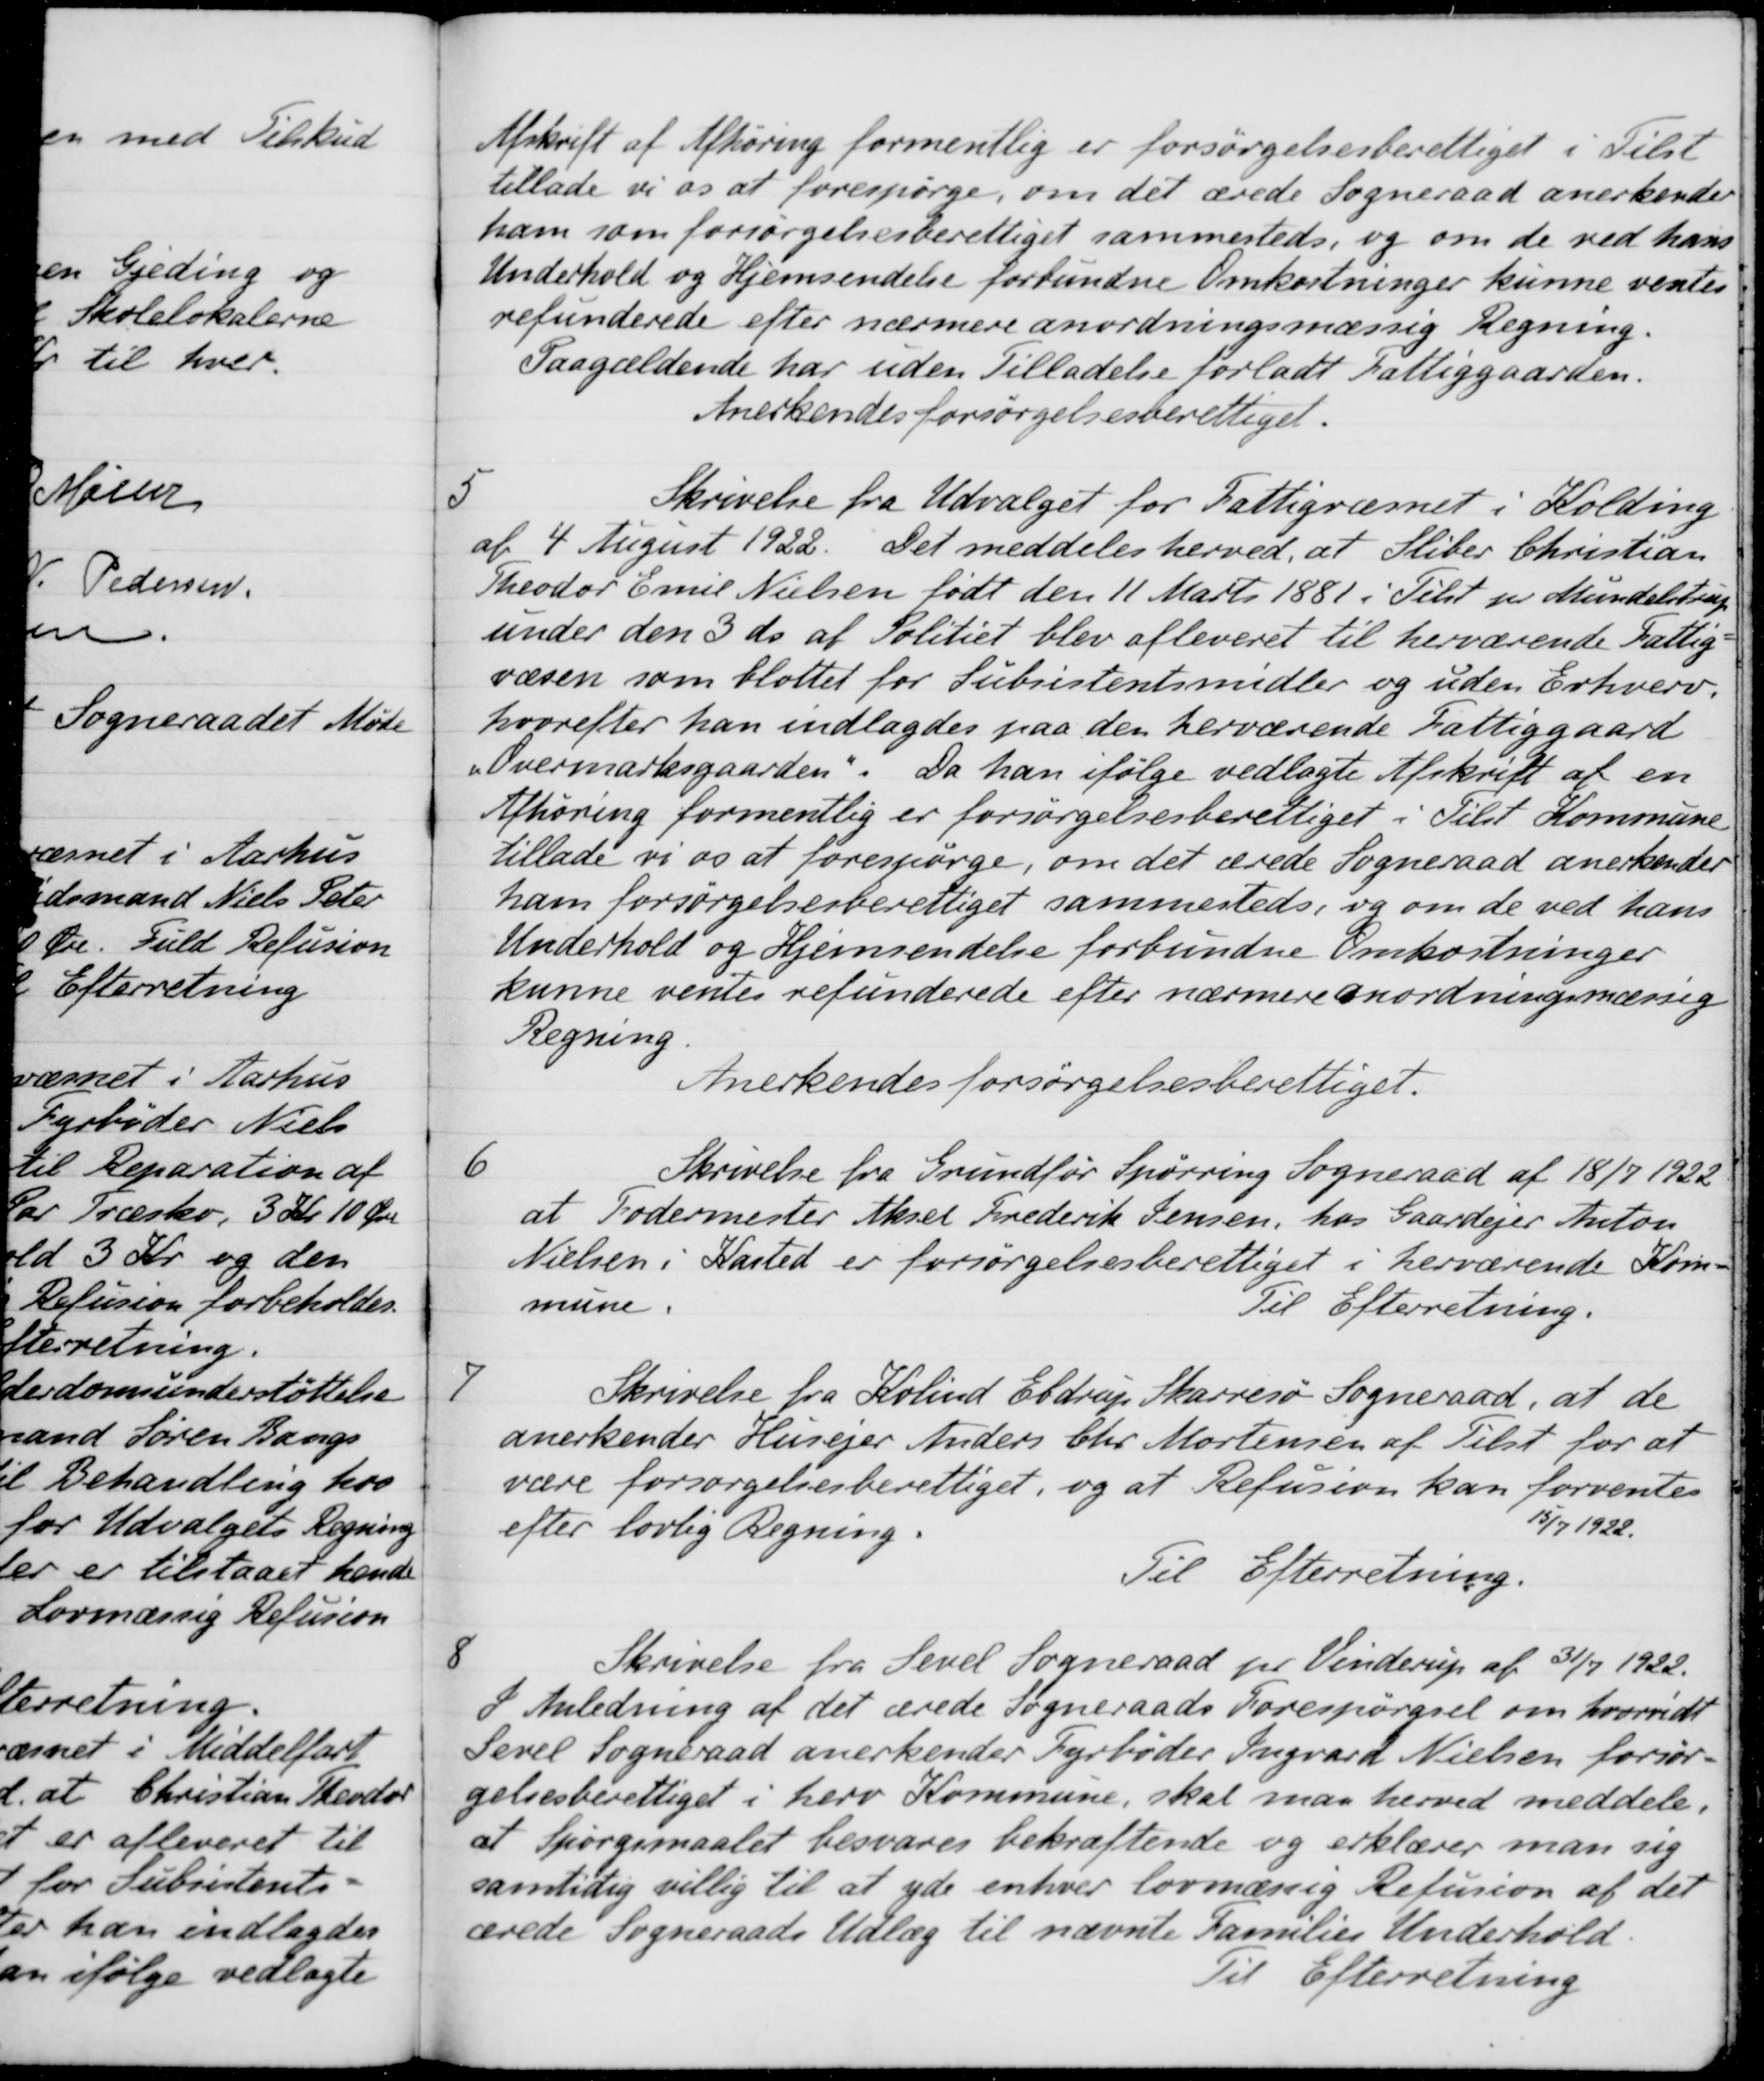
Transskription:
Afskrift af Afhøring formentlig er forsørgelsesberettiget i Tilst
tillade vi os at forespørge, om det ærede Sogneraad anerkender
ham som forsørgelsesberettiget sammesteds, og om de ved hans
Underhold og Hjemsendelse forbundne Omkostninger kunne ventes
refunderede efter nærmere anordningsmæssig Regning.
Paagældende har uden Tilladelse forladt Fattiggaarden.
Anerkendes forsørgelsesberettiget.
5
Skrivelse fra Udvalget for Fattigvæsnet i Kolding
af 4 August 1922. Det meddeles herved, at Sliber Christian
Theodor Emil Nielsen født den 11 Marts 1881 i Tilst pr Mundelstrup
under den 3 ds. af Politiet blev afleveret til herværende Fattig-
væsen som blottet for Subsistentsmidler og uden Erhverv.
hvorefter han indlagdes paa den herværende Fattiggaard
"Overmarksgaarden
Da han ifølge vedlagte Afskrift af en
Afhøring formentlig er forsørgelsesberettiget i Tilst Kommune
tillade vi os at forespørge, om det ærede Sogneraad anerkender
ham forsørgelsesberettiget sammesteds, og om de ved hans
Underhold og Hjemsendelse forbundne Omkostninger
kunne ventes refunderede efter nærmere anordningsmæssig
Regning.
Anerkendes forsørgelsesberettiget.
6
Skrivelse fra Grundfør Spørring Sogneraad af 18/7 1922
at Fodermester Aksel Frederik Jensen, hos Gaardejer Anton
Nielsen i Kasted er forsørgelsesberettiget i herværende Kom-
mune.
Til Efterretning.
7
Skrivelse fra Kolind Ebdrup Skarresø Sogneraad, at de
anerkender Husejer Anders Chr. Mortensen af Tilst for at
være forsørgelsesberettiget, og at Refusion kan forventes
efter lovlig Regning
15/7 1922.
Til Efterretning.
8
Skrivelse fra Sevel Sogneraad pr Vinderup af 31/7 1922.
I Anledning af det ærede Sogneraads Forespørgsel om hvorvidt
Sevel Sogneraad anerkender Fyrbøder Ingvard Nielsen forsør-
gelsesberettiget i herv Kommune, skal maa herved meddele,
at Spørgsmaalet besvares bekræftende og erklærer man sig
samtidig villig til at yde enhver lovmæssig Refusion af det
ærede Sogneraads Udlæg til nævnte Families Underhold.
Til Efterretning